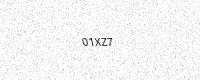
Text: 01XZ7